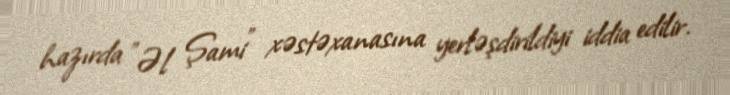
hazırda "Əl Şami" xəstəxanasına yerləşdirildiyi iddia edilir.